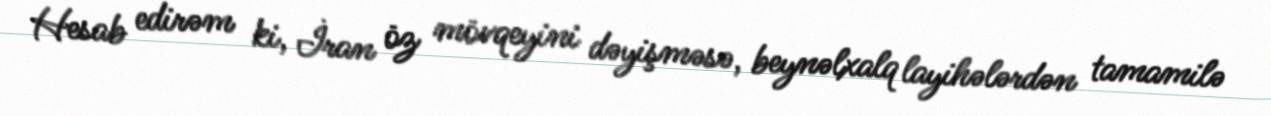
Hesab edirəm ki, İran öz mövqeyini dəyişməsə, beynəlxalq layihələrdən tamamilə